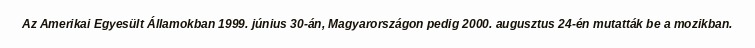
Az Amerikai Egyesült Államokban 1999. június 30-án, Magyarországon pedig 2000. augusztus 24-én mutatták be a mozikban.